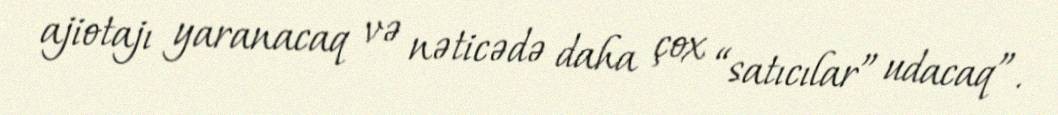
ajiotajı yaranacaq və nəticədə daha çox “satıcılar” udacaq”.